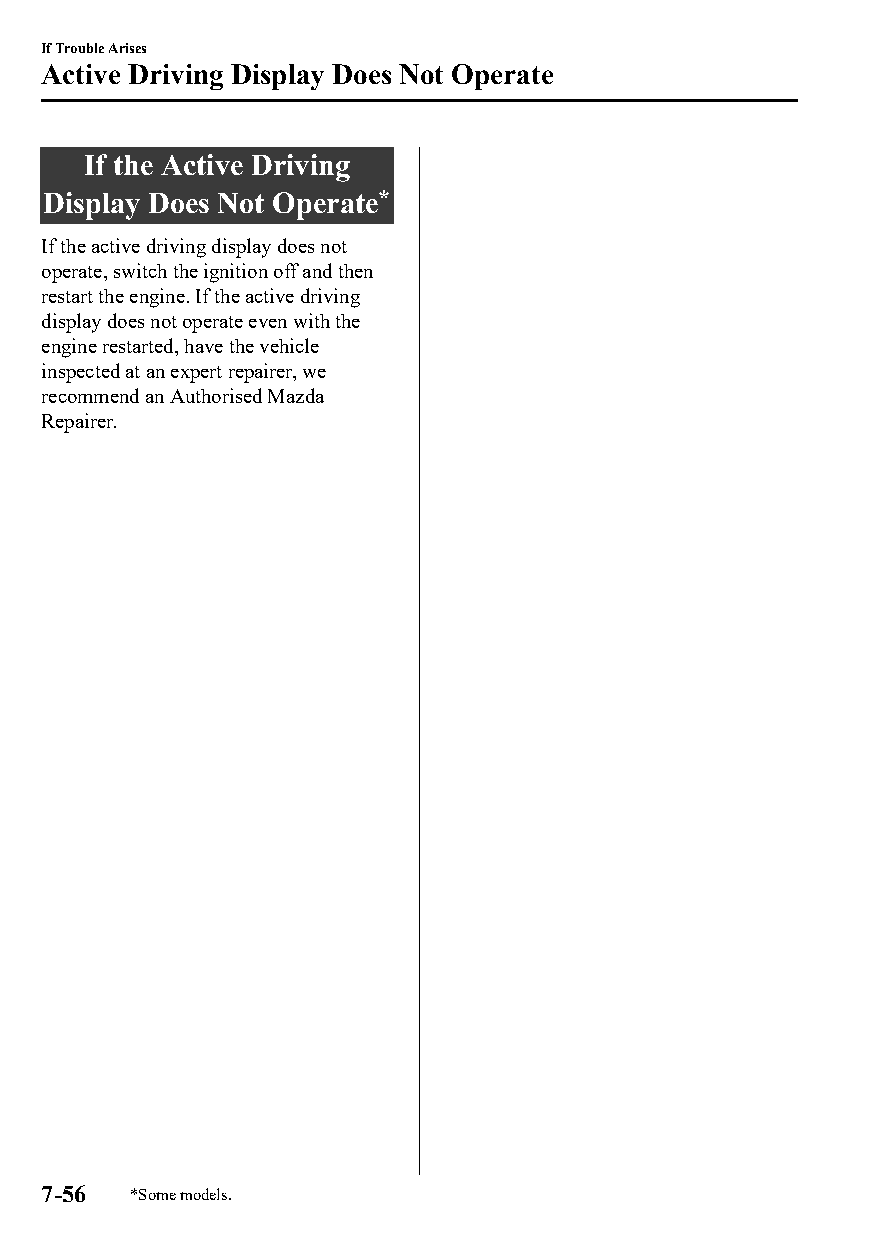
If Trouble Arises
 Active Driving Display Does Not Operate
 If the Active Driving
 Display Does Not Operate*
 If the active driving display does not
 operate, switch the ignition off and then
 restart the engine. If the active driving
 display does not operate even with the
 engine restarted, have the vehicle
 inspected at an expert repairer, we
 recommend an Authorised Mazda
 Repairer.
 7-56  *Some models.
 CX-3_8GT4-EE-18D_Edition4                  2018-9-6 18:32:19